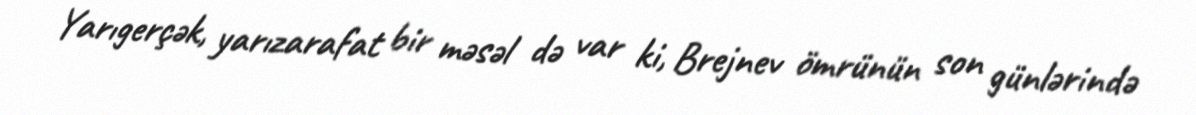
Yarıgerçək, yarızarafat bir məsəl də var ki, Brejnev ömrünün son günlərində